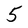
Character: 5